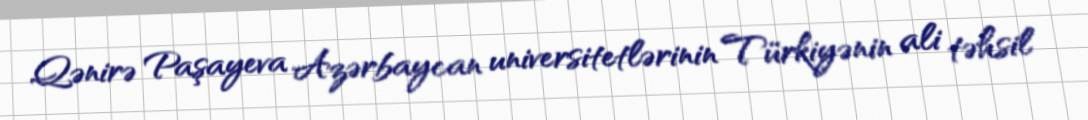
Qənirə Paşayeva Azərbaycan universitetlərinin Türkiyənin ali təhsil